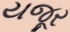
યજૂર